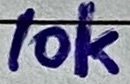
Text: 10k